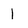
Character: 1